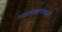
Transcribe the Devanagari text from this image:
नाटककारांमध्ये